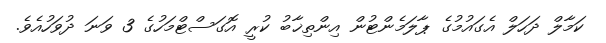
ކަމާލް ދަހަލް އެގައުމުގެ ޕާލަމެންޓުން އިންތިޚާބު ކުރީ އޮގަސްޓްމަހުގެ 3 ވަނަ ދުވަހުއެވެ.